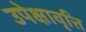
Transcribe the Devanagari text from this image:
उपेक्षावृत्ति